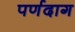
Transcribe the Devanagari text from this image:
पर्णदाग